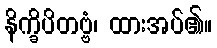
နိက္ခိပိတဗ္ဗံ၊ ထားအပ်၏။